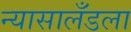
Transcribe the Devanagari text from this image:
न्यासालँडला